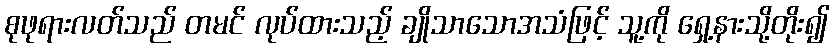
စုဖုရားလတ်သည် တမင် လုပ်ထားသည့် ချိုသာသောအသံဖြင့် သူ့ကို ရှေ့နားသို့တိုး၍